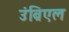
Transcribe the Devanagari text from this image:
उंब्रिएल